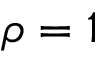
\rho = 1